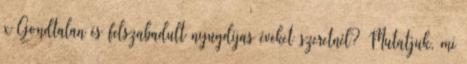
x Gondtalan és felszabadult nyugdíjas éveket szeretnél? Mutatjuk, mi